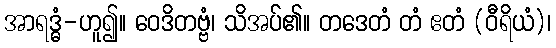
အာရဒ္ဓံ-ဟူ၍။ ဝေဒိတဗ္ဗံ၊ သိအပ်၏။ တဒေတံ တံ ဧတံ (ဝီရိယံ)၊